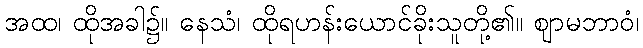
အထ၊ ထိုအခါ၌။ နေသံ၊ ထိုရဟန်းယောင်ခိုးသူတို့၏။ ဈာမဘာဝံ၊